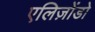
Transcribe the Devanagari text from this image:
एलिज़ोंडो